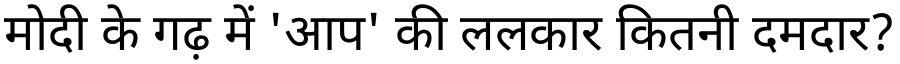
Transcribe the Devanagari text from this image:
मोदी के गढ़ में 'आप' की ललकार कितनी दमदार?